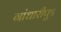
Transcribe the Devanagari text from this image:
गांधारीपुत्र